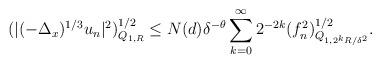
LaTeX: \begin{align*} (|(-\Delta_x)^{1/3} u_n|^2)^{1/2}_{Q_{1,R}}\le N (d) \delta^{-\theta} \sum_{k=0}^\infty 2^{-2k}(f_n^2)^{1/2}_{Q_{1,2^{k}R/\delta^2}}.\end{align*}